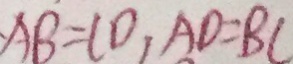
A B = C D , A D = B C